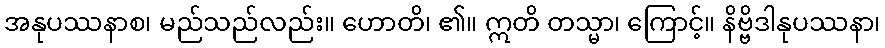
အနုပဿနာစ၊ မည်သည်လည်း။ ဟောတိ၊ ၏။ ဣတိ တသ္မာ၊ ကြောင့်။ နိဗ္ဗိဒါနုပဿနာ၊